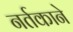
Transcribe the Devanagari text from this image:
नर्तकाने